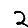
Digit: 2